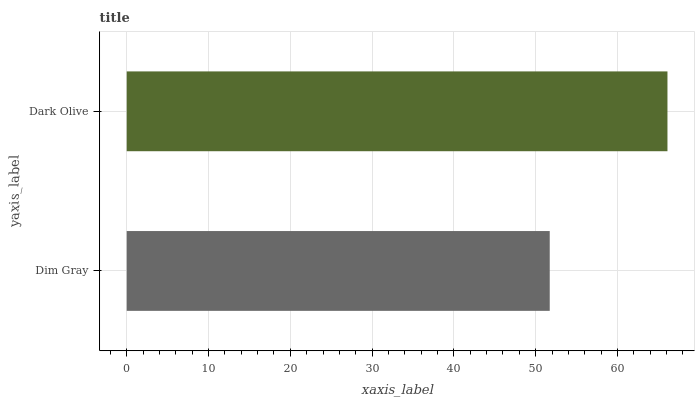
| yaxis_label | bars |
 | --- | --- |
 | Dim Gray | 51.7 |
 | Dark Olive | 66.1 |